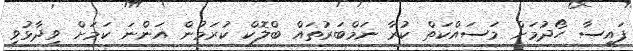
ފައިސާ ހޯދުމަށް މަސައްކަތް ކުރާ ނަމްބަރުތައް ބްލޮކް ކުރަމުން އަންނަ ކަމަށް ވިދާޅުވި